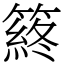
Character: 䈺